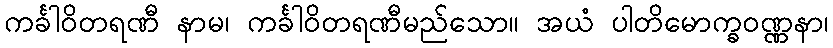
ကင်္ခါဝိတရဏီ နာမ၊ ကင်္ခါဝိတရဏီမည်သော။ အယံ ပါတိမောက္ခဝဏ္ဏနာ၊